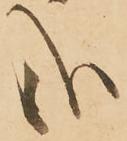
哉